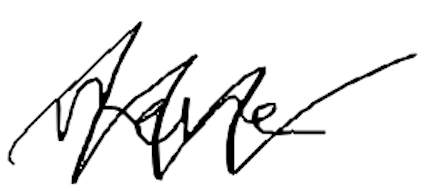
Text: more
Cross-out: zig-zag
Writing tool: digital_black